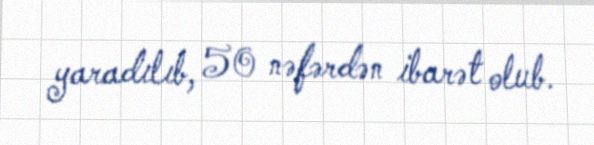
yaradılıb, 50 nəfərdən ibarət olub.